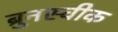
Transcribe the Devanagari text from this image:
ब्रुनस्वीक